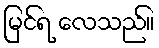
မြင်ရ လေသည်။